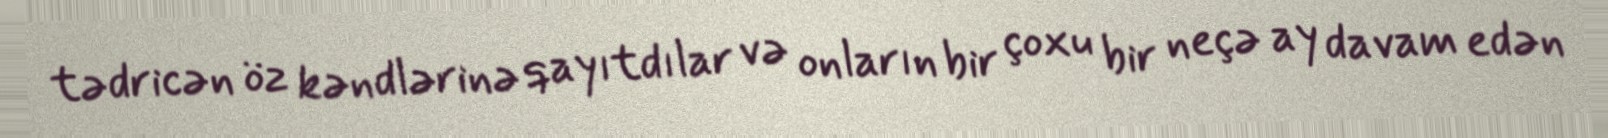
tədricən öz kəndlərinə qayıtdılar və onların bir çoxu bir neçə ay davam edən